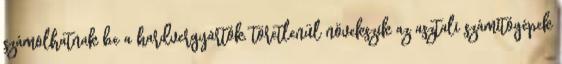
számolhatnak be a hardvergyártók, töretlenül növekszik az asztali számítógépek